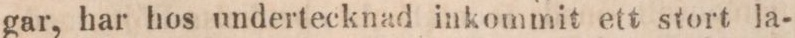
gar, har hos undertecknad inkommit ett stort la-